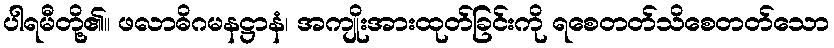
ပါရမီတို့၏။ ဖလာဓိဂမနဋ္ဌာနံ၊ အကျိုးအားထုတ်ခြင်းကို ရစေတတ်သိစေတတ်သော